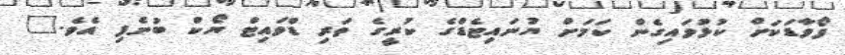
ފޯވާޑަކަށް ކުޅުވައިގެން ކަމަށް ޔުނައިޓެޑްގެ ކުރީގެ ތަރި ޑްވައިޓް ޔޯކް ބުނެފި އެވެ."